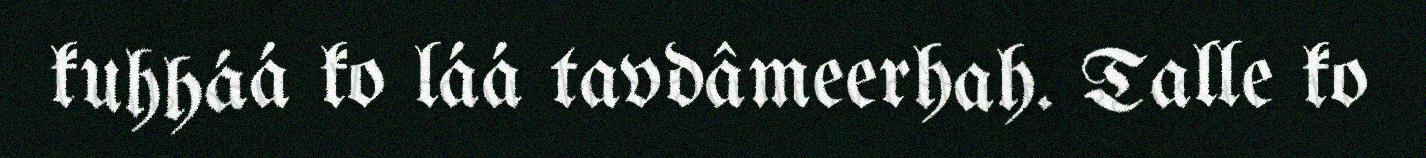
kuhháá ko láá tavdâmeerhah. Talle ko